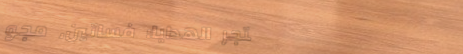
متجر الهدايا: فساتين، مجو